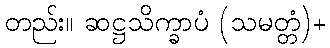
တည်း။ ဆဋ္ဌသိက္ခာပံ (သမတ္တံ)+